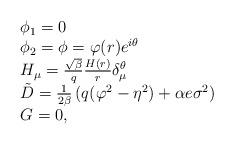
LaTeX: \begin{align*}\begin{array}{ll}\phi_1 = 0\\\phi_2 = \phi = \varphi(r )e^{i\theta}\\H_{\mu} = \frac{\sqrt{\beta}}{q}\frac{H(r)}{r}\delta^{\theta}_{\mu}\\\tilde D =\frac{1}{2\beta}\left(q(\varphi^2 - \eta^2)+ \alpha e \sigma^2 \right)\\G=0,\end{array}\end{align*}